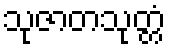
သုဇာတသုတ္တံ